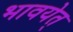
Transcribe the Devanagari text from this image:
भावयेत्‌